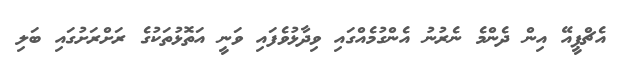
އެޗްޕީއޭ އިން ދެންމެ ނެރުނު އެންގުމެއްގައި ވިދާޅުވެފައި ވަނީ އަތޮޅުތަކުގެ ރަށްރަށުގައި ބަލި